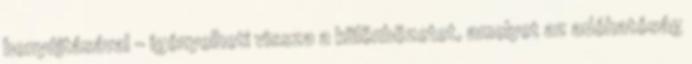
benyújtásával - igényelheti vissza a különbözetet, amelyet az adóhatóság